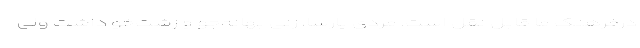
درفرهنگ ما قابل نقل است. مردی پارسا، زنی بهانه‌جو و زشت‌خو داشت ولی